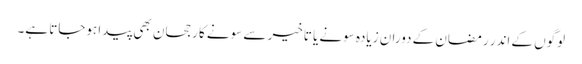
لوگوں کے اندر رمضان کے دوران زیادہ سونے یا تاخیر سے سونے کا رجحان بھی پیدا ہوجاتا ہے۔